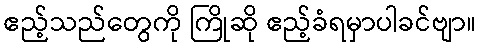
ဧည့်သည်တွေကို ကြိုဆို ဧည့်ခံရမှာပါခင်ဗျာ။